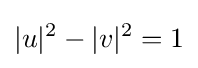
|u|^{2}-|v|^{2}=1